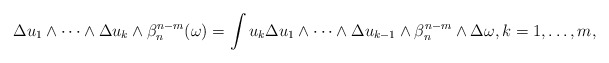
\begin{align*}\Delta u_1\wedge\dots\wedge \Delta u_k \wedge \beta_n^{n-m}(\omega)= \int u_k\Delta u_1\wedge\dots\wedge\Delta u_{k-1}\wedge \beta_n^{n-m}\wedge \Delta \omega, k=1,\dots,m , \end{align*}